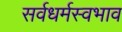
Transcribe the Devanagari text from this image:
सर्वधर्मस्वभाव